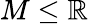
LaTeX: M\leq\mathbb{R}